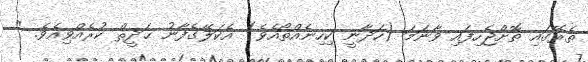
ތެރޭގައި ތޮށްޖެހިފައި ވާނަމަ (ހަދާނީ ކިހިނެއްތޯއެވެ) އެކަލޭގެފާނު ޙަދީޘް ކުރެއްވިއެވެ. "